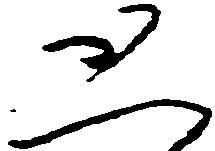
恐